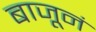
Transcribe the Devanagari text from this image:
बाजूनं